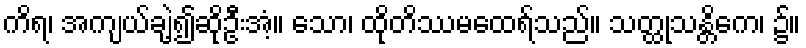
ကိရ၊ အကျယ်ချဲ့၍ဆိုဦးအံ့။ သော၊ ထိုတိဿမထေရ်သည်။ သတ္ထုသန္တိကေ၊ ၌။